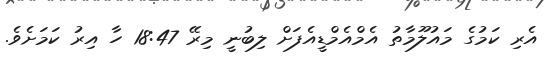
އެރި ކަމުގެ މައުލޫމާތު އެމްއެމްޑީއެފަށް ލިބުނީ މިރޭ 18:47 ހާ އިރު ކަމަށެވެ.